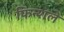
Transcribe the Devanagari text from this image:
फिन्शले